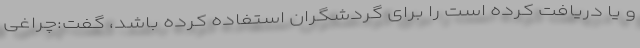
و یا دریافت کرده است را برای گردشگران استفاده کرده باشد، گفت:چراغی